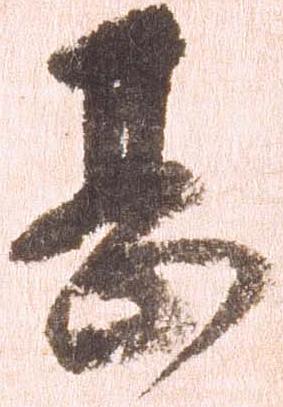
甚